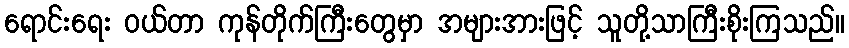
ရောင်းရေး ဝယ်တာ ကုန်တိုက်ကြီးတွေမှာ အများအားဖြင့် သူတို့သာကြီးစိုးကြသည်။